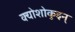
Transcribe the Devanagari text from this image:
क्योशोकुइन्